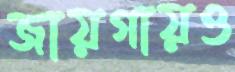
জায়গায়ও